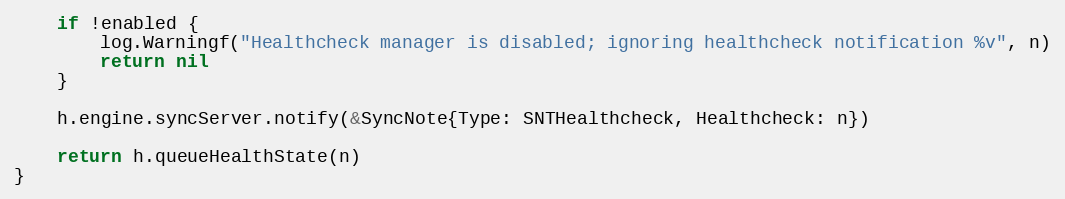
Language: Go
	if !enabled {
		log.Warningf("Healthcheck manager is disabled; ignoring healthcheck notification %v", n)
		return nil
	}

	h.engine.syncServer.notify(&SyncNote{Type: SNTHealthcheck, Healthcheck: n})

	return h.queueHealthState(n)
}